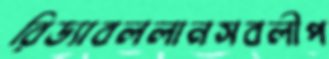
রিড্যাবললানসবলীপ